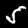
Label: 5